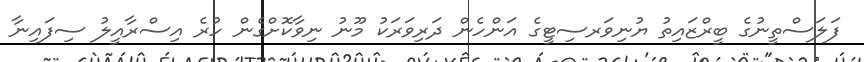
ފަލަސްތީނުގެ ބީރްޒައިތު ޔުނިވަރސިޓީގެ އަންހެން ދަރިވަރަކު މޫނު ނިވާކޮށްގެން ހުރެ އިސްރާއީލު ސިފައިނާ